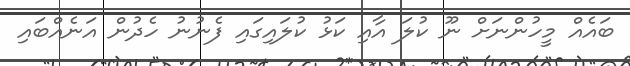
ބައެއް މީހުންނަށް ނޫ ކުލަ އާއި ކަޅު ކުލައިގައި ފެނުނު ހެދުން އަނެއްބައި